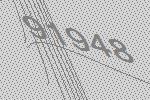
91948